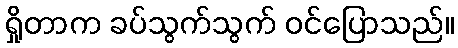
ရှိုတာက ခပ်သွက်သွက် ဝင်ပြောသည်။